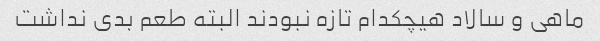
ماهی و سالاد هیچکدام تازه نبودند البته طعم بدی نداشت